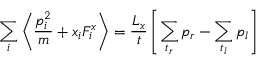
\sum _ { i } \left\langle \frac { p _ { i } ^ { 2 } } { m } + x _ { i } F _ { i } ^ { x } \right\rangle = \frac { L _ { x } } { t } \left[ \sum _ { t _ { r } } p _ { r } - \sum _ { t _ { l } } p _ { l } \right]